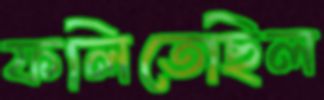
ফলিতেছিল